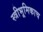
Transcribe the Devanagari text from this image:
स्त्रीभूमिकाच